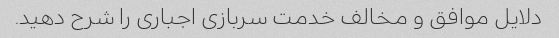
دلایل موافق و مخالف خدمت سربازی اجباری را شرح دهید.